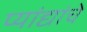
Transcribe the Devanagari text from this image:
प्यांद्यांचे